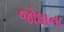
જોધાના